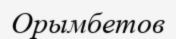
Орымбетов